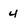
Character: 4